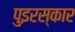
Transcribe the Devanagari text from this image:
पुइरस्कार